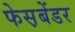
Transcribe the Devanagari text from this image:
फेस़बेंडर